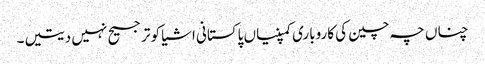
چناں چہ چین کی کاروباری کمپنیاں پاکستانی اشیا کو ترجیح نہیں دیتیں۔